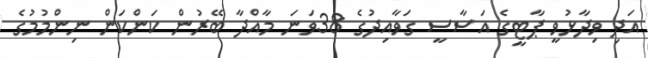
އަދި ވިދާޅުވީ ޕާޓީގެ އަސާސީ ގަވާއިދުގެ 38ވަނަ މާއްދާ ބޭރުން ކަންކަން ނިންމުމުގެ